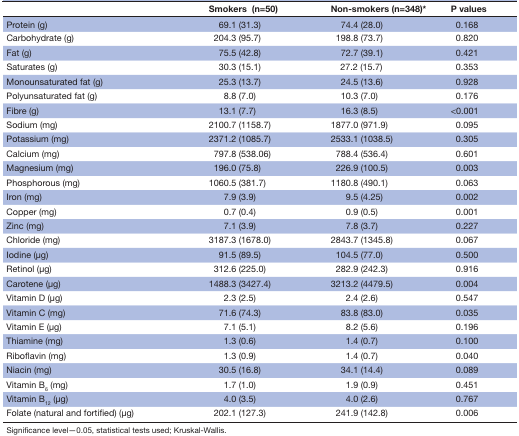
<table><thead><tr><td></td><td><b>Smokers (n=50)</b></td><td><b>Non-smokers (n=348)*</b></td><td><b>P values</b></td></tr></thead><tbody><tr><td>Protein (g)</td><td>69.1 (31.3)</td><td>74.4 (28.0)</td><td>0.168</td></tr><tr><td>Carbohydrate (g)</td><td>204.3 (95.7)</td><td>198.8 (73.7)</td><td>0.820</td></tr><tr><td>Fat (g)</td><td>75.5 (42.8)</td><td>72.7 (39.1)</td><td>0.421</td></tr><tr><td>Saturates (g)</td><td>30.3 (15.1)</td><td>27.2 (15.7)</td><td>0.353</td></tr><tr><td>Monounsaturated fat (g)</td><td>25.3 (13.7)</td><td>24.5 (13.6)</td><td>0.928</td></tr><tr><td>Polyunsaturated fat (g)</td><td>8.8 (7.0)</td><td>10.3 (7.0)</td><td>0.176</td></tr><tr><td>Fibre (g)</td><td>13.1 (7.7)</td><td>16.3 (8.5)</td><td>&lt;0.001</td></tr><tr><td>Sodium (mg)</td><td>2100.7 (1158.7)</td><td>1877.0 (971.9)</td><td>0.095</td></tr><tr><td>Potassium (mg)</td><td>2371.2 (1085.7)</td><td>2533.1 (1038.5)</td><td>0.305</td></tr><tr><td>Calcium (mg)</td><td>797.8 (538.06)</td><td>788.4 (536.4)</td><td>0.601</td></tr><tr><td>Magnesium (mg)</td><td>196.0 (75.8)</td><td>226.9 (100.5)</td><td>0.003</td></tr><tr><td>Phosphorous (mg)</td><td>1060.5 (381.7)</td><td>1180.8 (490.1)</td><td>0.063</td></tr><tr><td>Iron (mg)</td><td>7.9 (3.9)</td><td>9.5 (4.25)</td><td>0.002</td></tr><tr><td>Copper (mg)</td><td>0.7 (0.4)</td><td>0.9 (0.5)</td><td>0.001</td></tr><tr><td>Zinc (mg)</td><td>7.1 (3.9)</td><td>7.8 (3.7)</td><td>0.227</td></tr><tr><td>Chloride (mg)</td><td>3187.3 (1678.0)</td><td>2843.7 (1345.8)</td><td>0.067</td></tr><tr><td>Iodine (μg)</td><td>91.5 (89.5)</td><td>104.5 (77.0)</td><td>0.500</td></tr><tr><td>Retinol (μg)</td><td>312.6 (225.0)</td><td>282.9 (242.3)</td><td>0.916</td></tr><tr><td>Carotene (μg)</td><td>1488.3 (3427.4)</td><td>3213.2 (4479.5)</td><td>0.004</td></tr><tr><td>Vitamin D (μg)</td><td>2.3 (2.5)</td><td>2.4 (2.6)</td><td>0.547</td></tr><tr><td>Vitamin C (mg)</td><td>71.6 (74.3)</td><td>83.8 (83.0)</td><td>0.035</td></tr><tr><td>Vitamin E (μg)</td><td>7.1 (5.1)</td><td>8.2 (5.6)</td><td>0.196</td></tr><tr><td>Thiamine (mg)</td><td>1.3 (0.6)</td><td>1.4 (0.7)</td><td>0.100</td></tr><tr><td>Riboflavin (mg)</td><td>1.3 (0.9)</td><td>1.4 (0.7)</td><td>0.040</td></tr><tr><td>Niacin (mg)</td><td>30.5 (16.8)</td><td>34.1 (14.4)</td><td>0.089</td></tr><tr><td>Vitamin B<sub>6</sub> (mg)</td><td>1.7 (1.0)</td><td>1.9 (0.9)</td><td>0.451</td></tr><tr><td>Vitamin B<sub>12</sub> (μg)</td><td>4.0 (3.5)</td><td>4.0 (2.6)</td><td>0.767</td></tr><tr><td>Folate (natural and fortified) (μg)</td><td>202.1 (127.3)</td><td>241.9 (142.8)</td><td>0.006</td></tr></tbody></table>